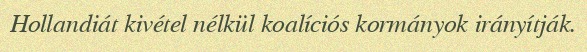
Hollandiát kivétel nélkül koalíciós kormányok irányítják.